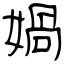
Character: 媧